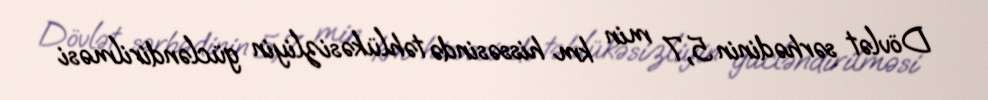
Dövlət sərhədinin 5,7 min km hissəsində təhlükəsizliyin gücləndirilməsi